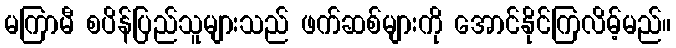
မကြာမီ စပိန်ပြည်သူများသည် ဖက်ဆစ်များကို အောင်နိုင်ကြလိမ့်မည်။